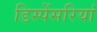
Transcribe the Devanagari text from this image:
डिस्पेंसरियां